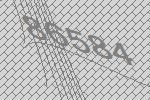
86584